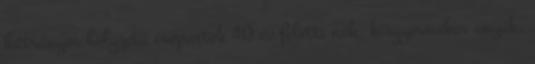
hátrányos helyzetű csoportok 40 év feletti nők, kisgyermekes anyák,